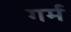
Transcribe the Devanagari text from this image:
गर्म